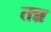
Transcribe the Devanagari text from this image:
तन्न